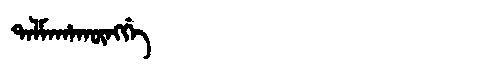
Manchu: ᡨᠠᠯᠮᠠᡥᠠᡴᡡᠩᡤᡝ
Romanization: TALMAHAKŪNGGE